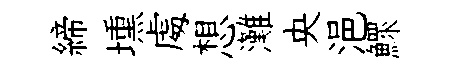
締壎䖏想灘央浥鰥